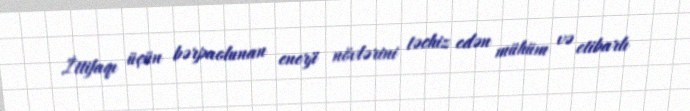
İttifaqı üçün bərpaolunan enerji növlərini təchiz edən mühüm və etibarlı